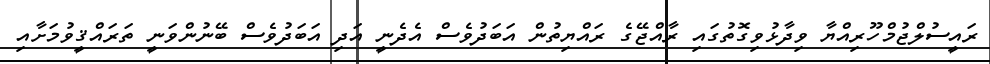
ރައީސުލްޖުމްހޫރިއްޔާ ވިދާޅުވިގޮތުގައި ރާއްޖޭގެ ރައްޔިތުން އަބަދުވެސް އެދެނީ އަދި އަބަދުވެސް ބޭނުންވަނީ ތަރައްޤީވުމަށާއި